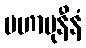
မဟာမုနီနံ